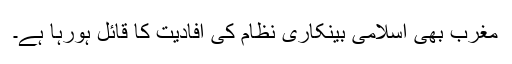
مغرب بھی اسلامی بینکاری نظام کی افادیت کا قائل ہورہا ہے۔